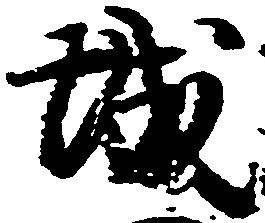
城